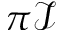
\pi \mathcal { I }